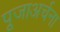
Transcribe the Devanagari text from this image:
पूजाअर्चना